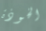
الخوذة